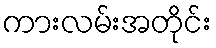
ကားလမ်းအတိုင်း